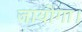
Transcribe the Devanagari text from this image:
जायोगा।